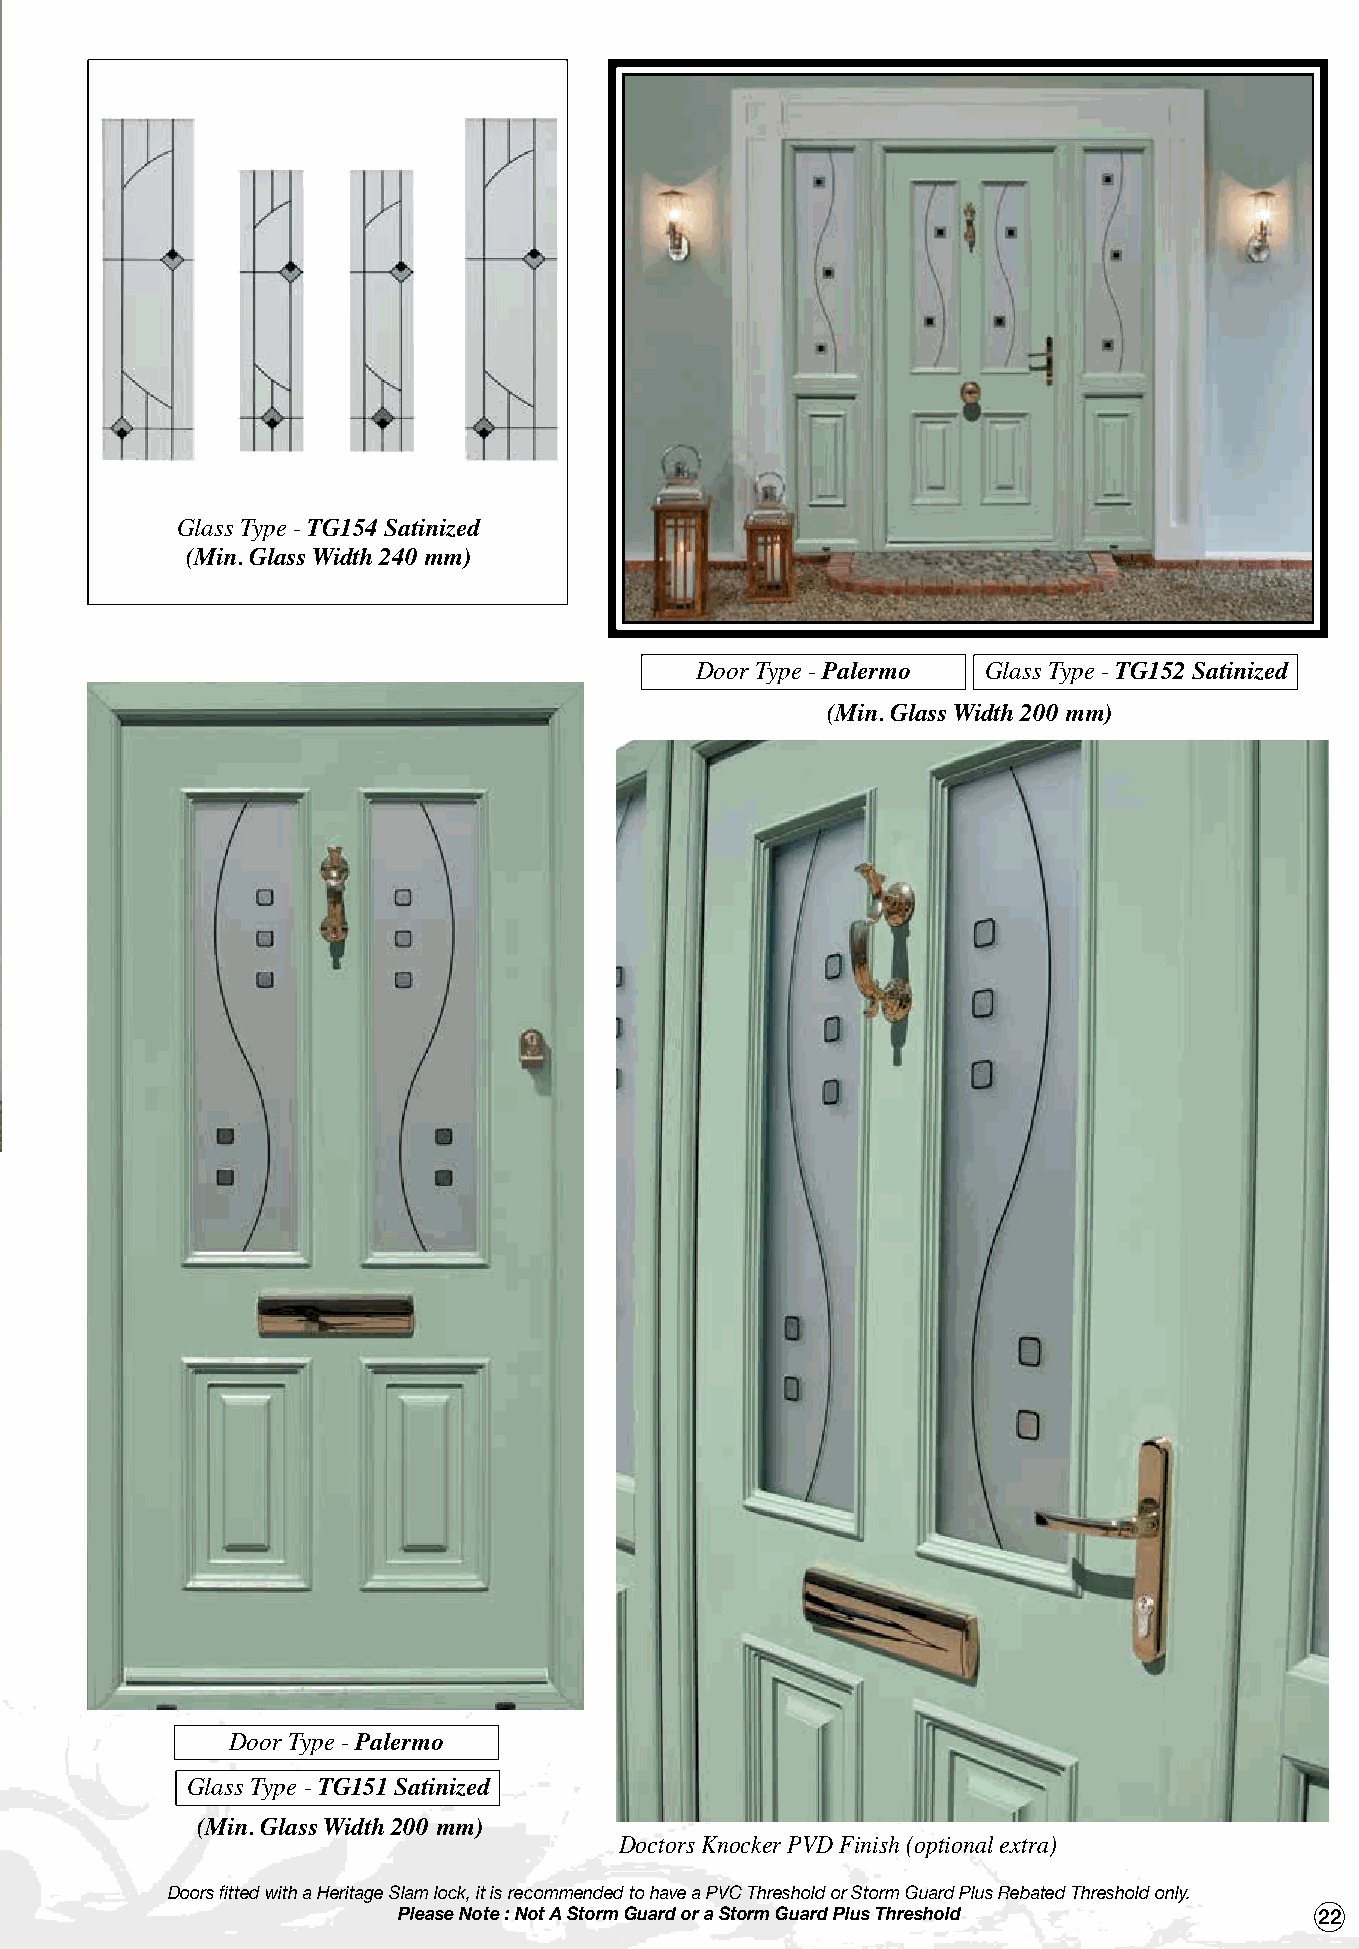
Glass Type - TG154 Satinized
 (Min. Glass Width 240 mm)
 Door Type - Palermo Glass Type - TG152 Satinized
 (Min. Glass Width 200 mm)
 Door Type - Palermo
 Glass Type - TG151 Satinized
 (Min. Glass Width 200 mm)
 Doctors Knocker PVD Finish (optional extra)
 Doors fitted with a Heritage Slam lock, it is recommended to have a PVC Threshold or Storm Guard Plus Rebated Threshold only.
 Please Note : Not A Storm Guard or a Storm Guard Plus Threshold 22